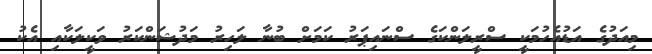
މިއަދުގެ އަޑުއެހުމަކީ ސްރީލަންކަގެ ސްނައިޕަރު ކަމަށް ބުނާ ލަހިރު މަދުޝަންކަރު ވަކީލަކާއި އެކު